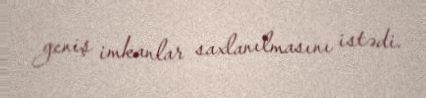
geniş imkanlar saxlanılmasını istədi.